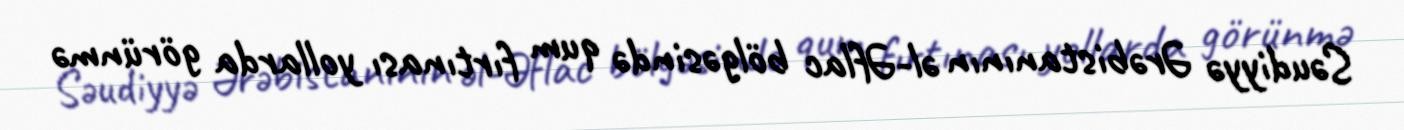
Səudiyyə Ərəbistanının əl-Əflac bölgəsində qum fırtınası yollarda görünmə